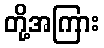
တို့အကြား